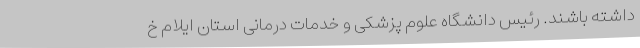
داشته باشند. رئیس دانشگاه علوم پزشکی و خدمات درمانی استان ایلام خ